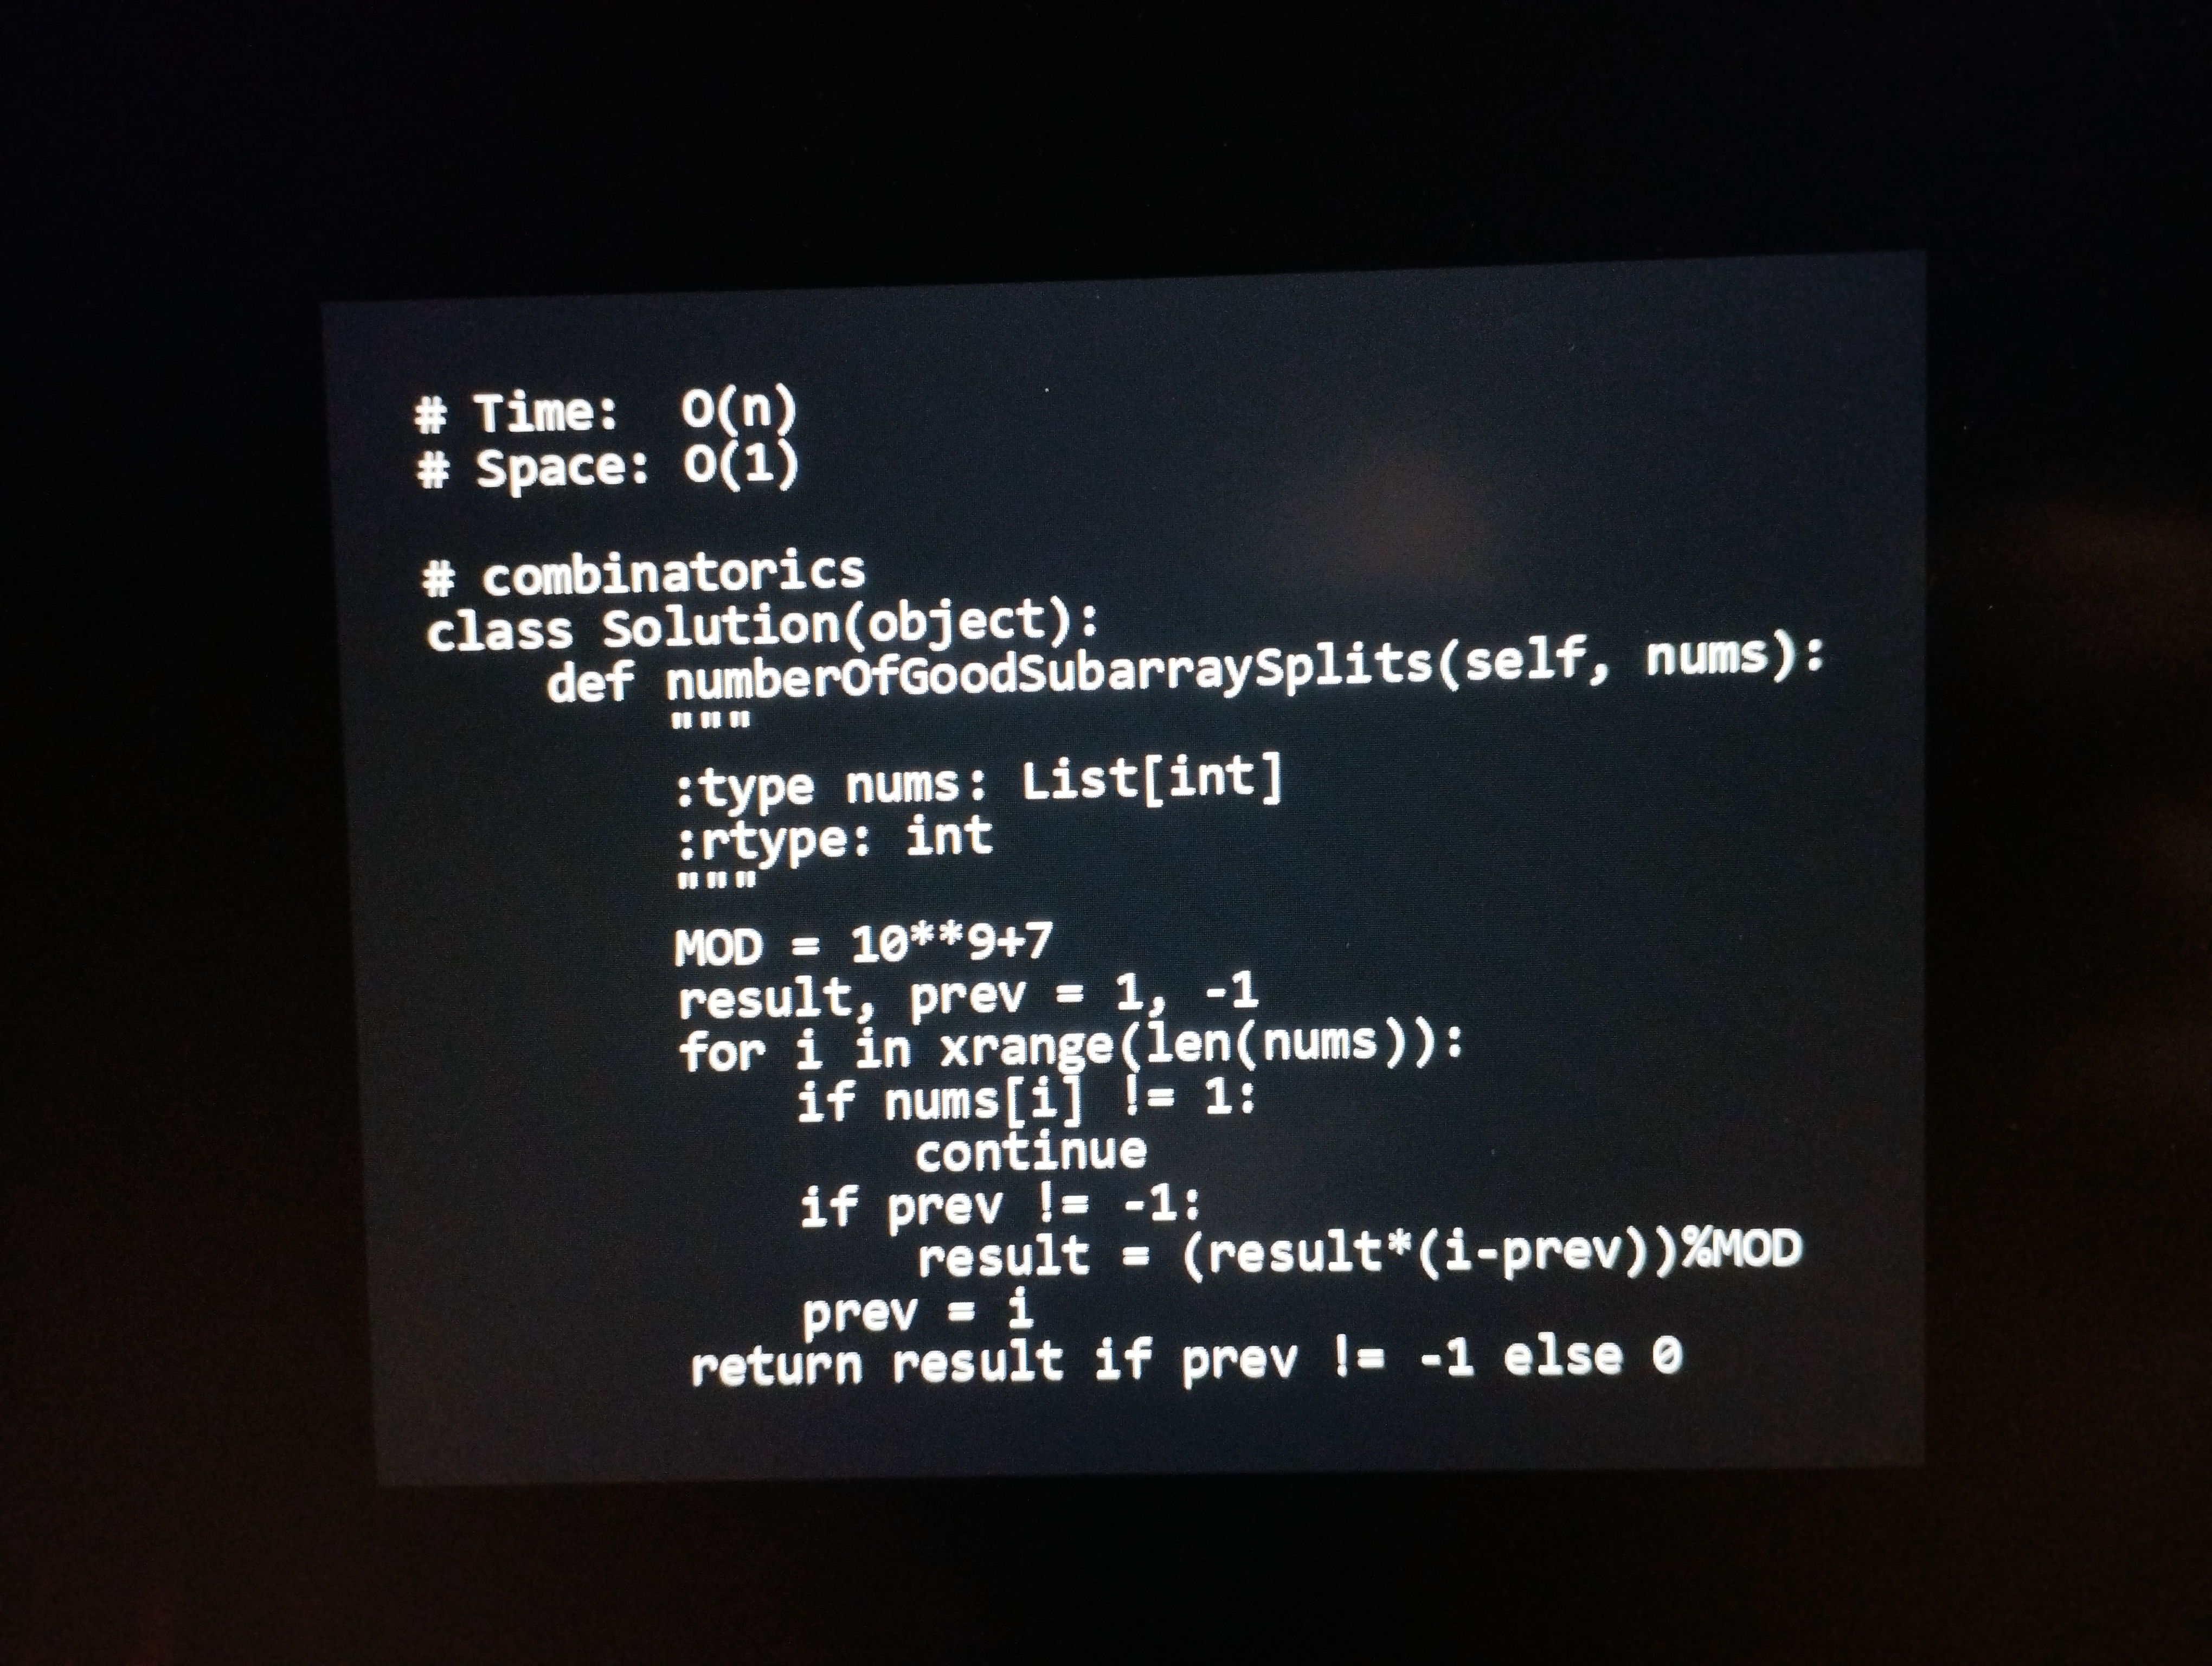
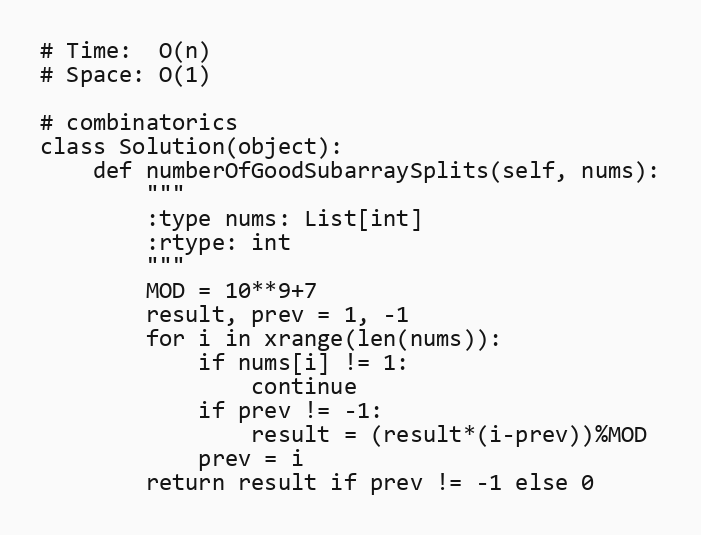
# Time:  O(n)
# Space: O(1)

# combinatorics
class Solution(object):
    def numberOfGoodSubarraySplits(self, nums):
        """
        :type nums: List[int]
        :rtype: int
        """
        MOD = 10**9+7
        result, prev = 1, -1
        for i in xrange(len(nums)):
            if nums[i] != 1:
                continue
            if prev != -1:
                result = (result*(i-prev))%MOD
            prev = i
        return result if prev != -1 else 0